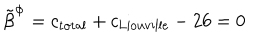
LaTeX: { \tilde { \beta } } ^ { \Phi } = c _ { \mathrm { t o t a l } } + c _ { \mathrm { L i o u v i l l e } } - 2 6 = 0